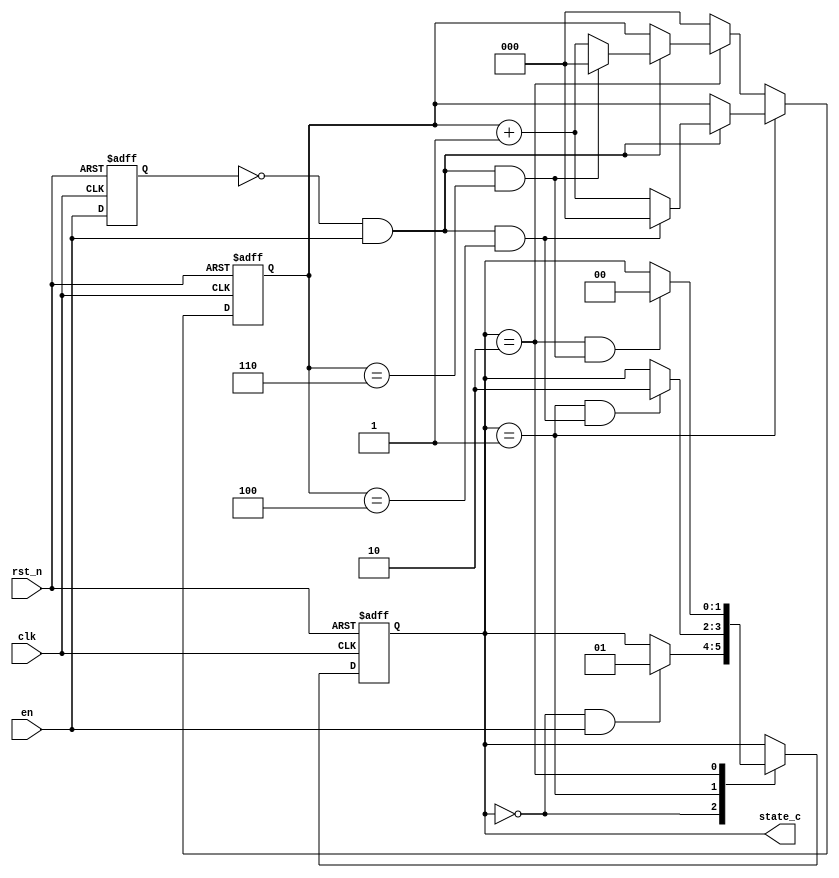
module statecnten(
    clk    ,
    rst_n  ,
    en     ,

    state_c
    );

    parameter      IDLE =         2'B00;
    parameter      S1   =         2'B01;
    parameter      S2   =         2'B10;

    input               clk    ;
    input               rst_n  ;
    input               en     ;

    output[1:0]  state_c   ;

    reg   [1:0]  state_c   ;
    reg   [1:0]  state_n   ;
    reg   [2:0]  cnt       ;
    reg          en_last   ;

    wire         idl2s1_start;
    wire         s12s2_start;
    wire         s22idl_start;
    wire         add_cnt;
    wire         end_cnt1;
    wire         end_cnt2;


    always@(posedge clk or negedge rst_n)begin
        if(!rst_n)begin
            state_c <= IDLE;
        end
        else begin
            state_c <= state_n;
        end
    end

    always@(*)begin
        case(state_c)
            IDLE:begin
                if(idl2s1_start)begin
                    state_n = S1;
                end
                else begin
                    state_n = state_c;
                end
            end
            S1:begin
                if(s12s2_start)begin
                    state_n = S2;
                end
                else begin
                    state_n = state_c;
                end
            end
            S2:begin
                if(s22idl_start)begin
                    state_n = IDLE;
                end
                else begin
                    state_n = state_c;
                end
            end
            default:begin
                state_n = state_c;
            end
        endcase
    end                         
    
    assign idl2s1_start  = state_c==IDLE && en == 1;
    assign s12s2_start = state_c==S1    && end_cnt1;
    assign s22idl_start  = state_c==S2    && end_cnt2;

	 
	 //clk frequence << en frequence   detect enable
    always @(posedge clk or negedge rst_n)begin
        if(!rst_n)begin
            cnt <= 0;
        end
        else if(state_c == S1)begin
            if(add_cnt) begin
                if(end_cnt1)
                    cnt <= 0;
                else
                    cnt <= cnt + 1;
            end
        end
		  else if(state_c == S2) begin
            if(add_cnt) begin
                if(end_cnt2)
                    cnt <= 0;
                else
                    cnt <= cnt + 1;
            end			
		  end
		  else begin
				cnt <= 0;
		  end
    end    

    assign add_cnt =  en_last == 0 && en == 1 ;       
    assign end_cnt1 = add_cnt && cnt == 5-1;   
    assign end_cnt2 = add_cnt && cnt == 7-1;
    
    always  @(posedge clk or negedge rst_n)begin
        if(rst_n==1'b0)begin
            en_last <= 0;
        end
        else begin
            en_last <= en;
        end
    end


    endmodule